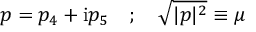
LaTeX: p = p _ { 4 } + \mathrm { i } p _ { 5 } \quad ; \quad \sqrt { | p | ^ { 2 } } \equiv \mu